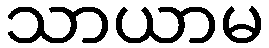
သာယာမ